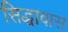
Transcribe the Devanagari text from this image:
सिद्धावास